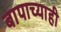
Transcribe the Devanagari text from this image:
बापाच्याही